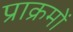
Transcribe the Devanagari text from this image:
प्राक्रमों